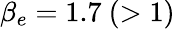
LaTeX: \beta_{e}=1.7~(>1)